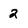
Character: 2